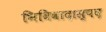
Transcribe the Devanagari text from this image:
भिविवादास्पद